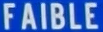
FAIBLE